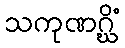
သကုဏဂ္ဃိံ